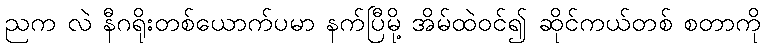
ညက လဲ နီဂရိုးတစ်ယောက်ပမာ နက်ပြီမို့ အိမ်ထဲဝင်၍ ဆိုင်ကယ်တစ် စတာကို